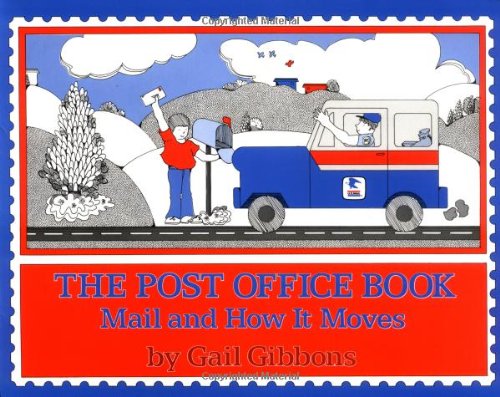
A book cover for The Post Office Book: Mail and How It Moves; Gail Gibbons; Children's Books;